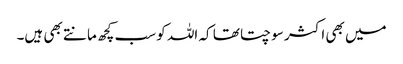
میں بھی اکثر سوچتا تھا کہ اللہ کو سب کچھ مانتے بھی ہیں۔